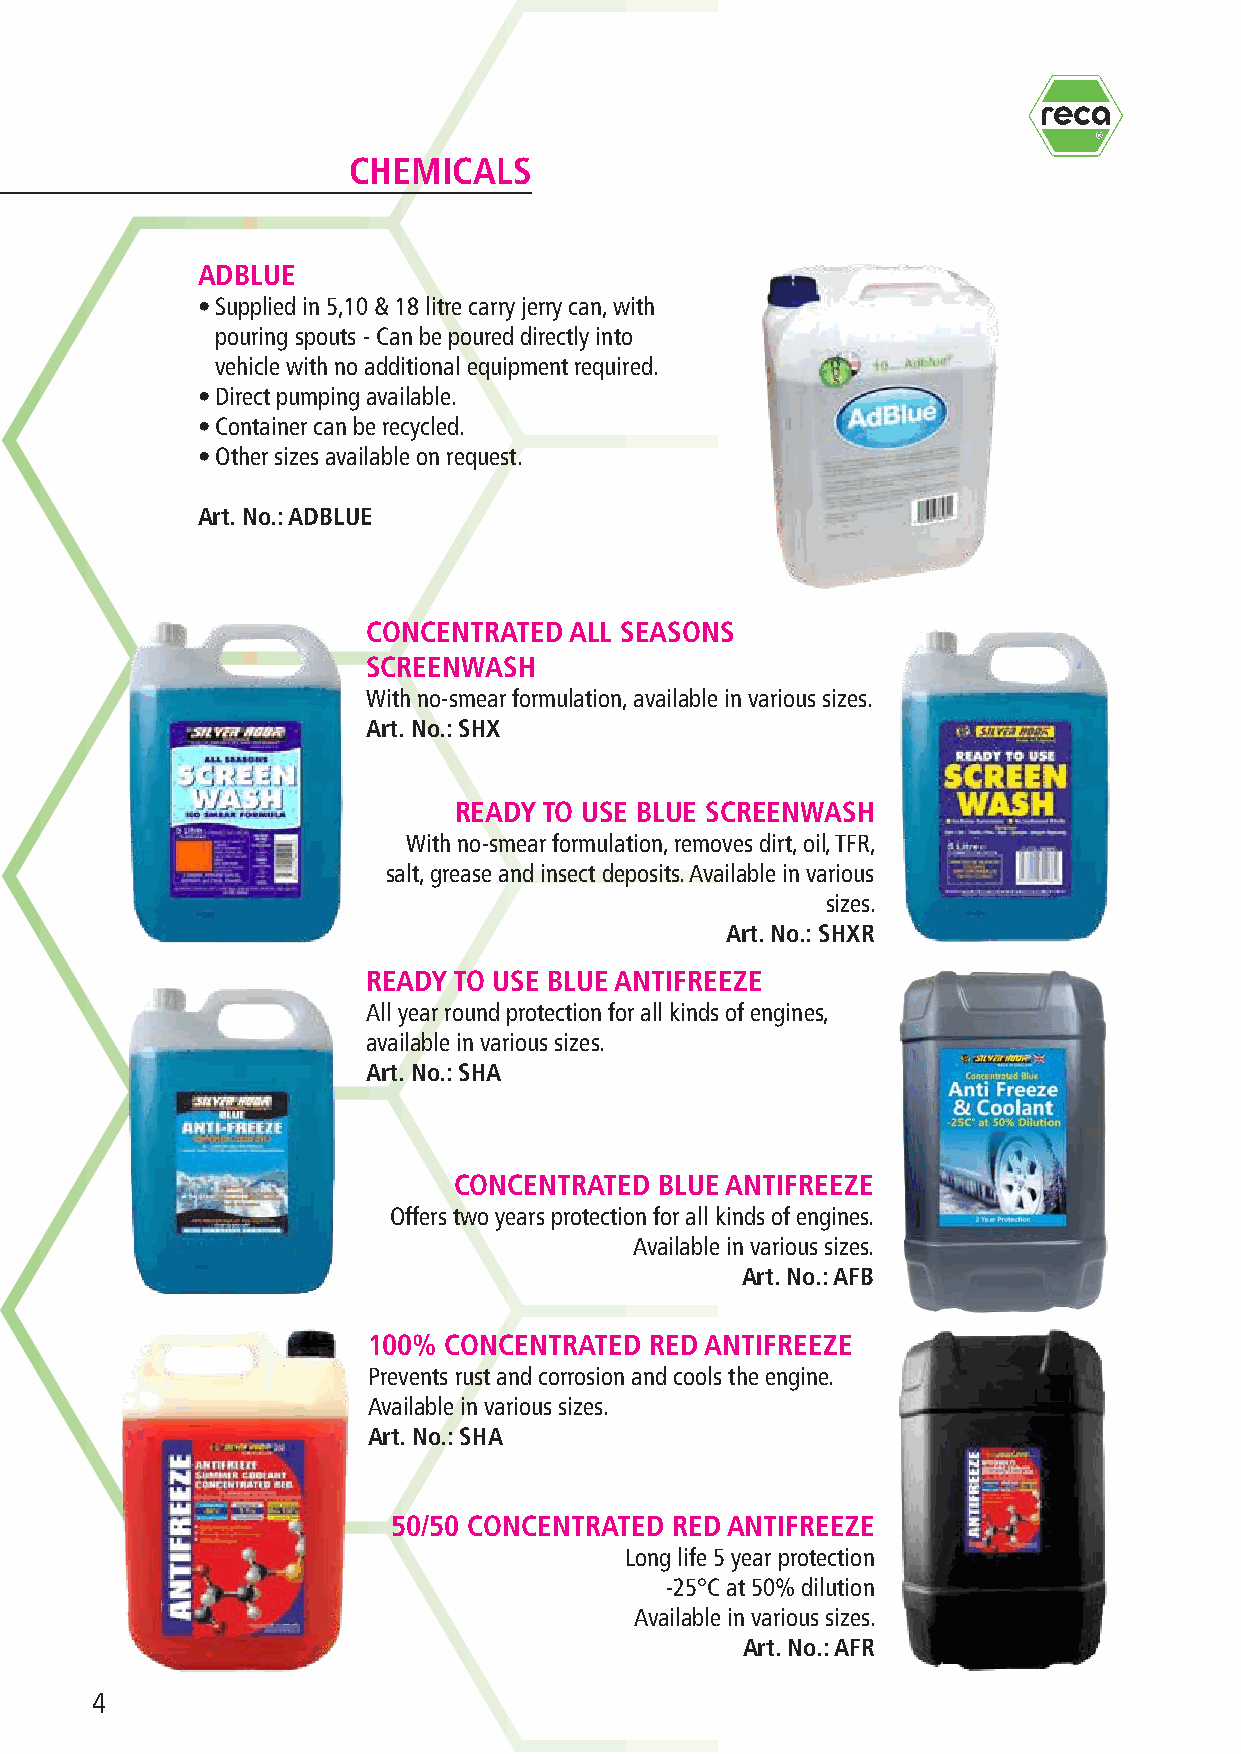
R
 CHEMICALS
 ADBLUE
 • Supplied in 5,10 & 18 litre carry jerry can, with
 pouring spouts - Can be poured directly into
 vehicle with no additional equipment required.
 • Direct pumping available.
 • Container can be recycled.
 • Other sizes available on request.
 Art. No.: ADBLUE
 CONCENTRATED  ALL SEASONS
 SCREENWASH
 With no-smear formulation, available in various sizes.
 Art. No.: SHX
 READY TO USE BLUE SCREENWASH
 With no-smear formulation, removes dirt, oil, TFR,
 salt, grease and insect deposits. Available in various
 sizes.
 Art. No.: SHXR
 READY TO USE BLUE ANTIFREEZE
 All year round protection for all kinds of engines,
 available in various sizes.
 Art. No.: SHA
 CONCENTRATED  BLUE ANTIFREEZE
 Offers two years protection for all kinds of engines.
 Available in various sizes.
 Art. No.: AFB
 100% CONCENTRATED  RED ANTIFREEZE
 Prevents rust and corrosion and cools the engine.
 Available in various sizes.
 Art. No.: SHA
 50/50 CONCENTRATED RED ANTIFREEZE
 Long life 5 year protection
 -25°C at 50% dilution
 Available in various sizes.
 Art. No.: AFR
 4